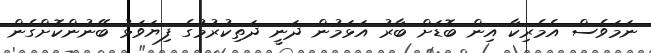
ނަމަވެސް އެމެރިކާ އިން ބޮޑަށް ބާރު އަޅަމުން ދަނީ ދަތިކުރުމުގެ ފިޔަވަޅު ބޭނުންކޮށްގެން